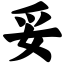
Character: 妥